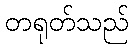
တရုတ်သည်